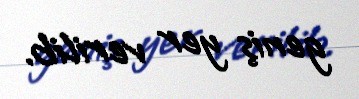
geniş yer verilib.